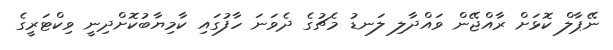
ނޭޕާލް ކޮޅަށް ރާއްޖޭން ވައްދާލި ލަނޑު މެޗުގެ ދެވަނަ ހާފުގައި ކާމިޔާބުކޮށްދިނީ ވިކްޓަރީގެ